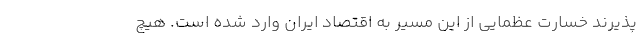
پذیرند خسارت عظمایی از این مسیر به اقتصاد ایران وارد شده است. هیچ